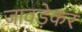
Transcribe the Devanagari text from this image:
जावड़ेकर